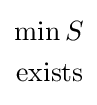
{\begin{aligned}\min S\\{\text{exists}}\end{aligned}}